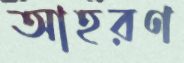
আহরণ